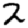
Digit: 2